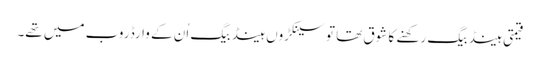
قیمتی ہینڈ بیگ رکھنے کا شوق تھا تو سینکڑوں ہینڈ بیگ اُن کے وارڈروب میں تھے۔